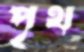
পৃথ